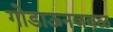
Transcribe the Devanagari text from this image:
गोडाऊनजवळ